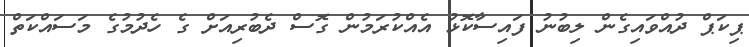
ޕިކަޕް ދުއްވައިގެން ލިބުނު ފައިސާކޮޅު އެއްކުރަމުން ގޮސް ދެބުރިއަށް ގެ ހެދުމުގެ މަސައްކަތް